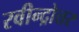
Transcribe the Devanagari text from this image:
रवीन्द्रोत्तर